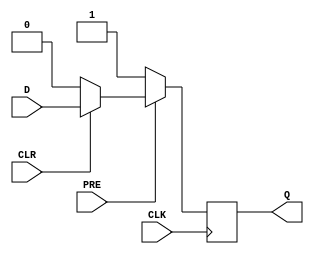
module negedge_d_ff (
    input D,
    input CLK,
    input PRE,
    input CLR,
    output reg Q
);

always @ (negedge CLK)
begin
    if (PRE == 0) begin
        Q <= 1;
    end else if (CLR == 0) begin
        Q <= 0;
    end else begin
        Q <= D;
    end
end

endmodule